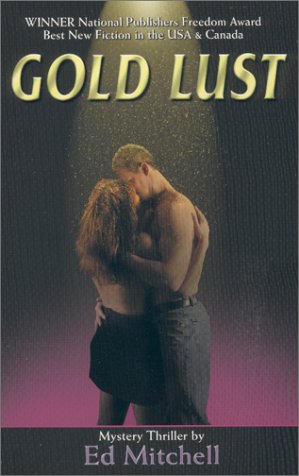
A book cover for Gold Lust (Book 1 in the Gold Lust Series) (The Gold Lust Trilogy, Vol. Book 1); Ed Mitchell; Mystery, Thriller & Suspense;